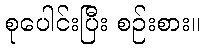
စုပေါင်းပြီး စဉ်းစား။